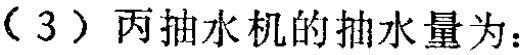
（3）丙抽水机的抽水量为：